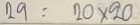
29= 20 x 20